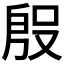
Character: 𭮱